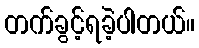
တက်ခွင့်ရခဲ့ပါတယ်။